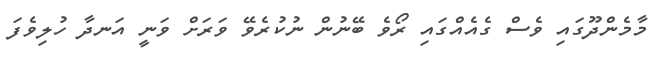
މާމެންދޫގައި ވެސް ގެއެއްގައި ރޯވެ ބޭނުން ނުކުރެވޭ ވަރަށް ވަނީ އަނދާ ހުލިވެފަ